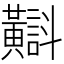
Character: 𪏡